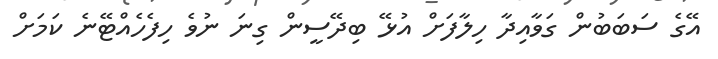
އޭގެ ސަބަބުން ގަވާއިދާ ހިލާފަށް އުޅޭ ބިދޭސީން ގިނަ ނުވެ ހިފެހެއްޓޭނެ ކަމަށް